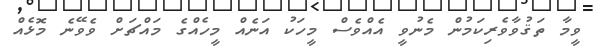
ވީމާ ތަޤުވާވެރިކަމުން މެނުވީ އެއްވެސް މީހަކު އަނެއް މީހެއްގެ މައްޗަށް ވެވޭނެ މޮޅެއް